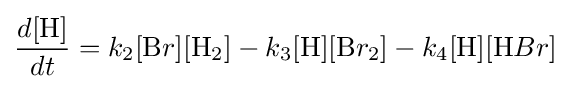
{\frac {d[{\ce {H}}]}{dt}}=k_{2}[{\ce {B}}r][{\ce {H}}_{2}]-k_{3}[{\ce {H}}][{\ce {B}}r_{2}]-k_{4}[{\ce {H}}][{\ce {H}}Br]